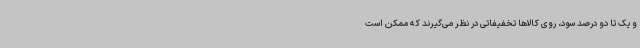
و یک تا دو درصد سود، روی کالاها تخفیفاتی در نظر می‌گیرند که ممکن است